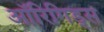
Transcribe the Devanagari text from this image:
ऑरिगिड्स